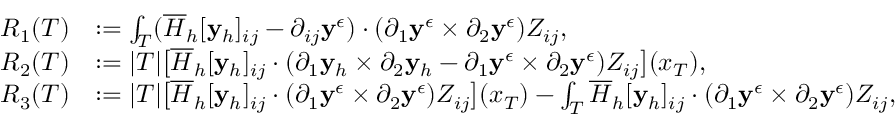
\begin{array} { r l } { R _ { 1 } ( T ) } & { : = \int _ { T } ( \overline { { H } } _ { h } [ \mathbf { y } _ { h } ] _ { i j } - \partial _ { i j } \mathbf { y } ^ { \epsilon } ) \cdot ( \partial _ { 1 } \mathbf { y } ^ { \epsilon } \times \partial _ { 2 } \mathbf { y } ^ { \epsilon } ) Z _ { i j } , } \\ { R _ { 2 } ( T ) } & { : = | T | \big [ \overline { { H } } _ { h } [ \mathbf { y } _ { h } ] _ { i j } \cdot ( \partial _ { 1 } \mathbf { y } _ { h } \times \partial _ { 2 } \mathbf { y } _ { h } - \partial _ { 1 } \mathbf { y } ^ { \epsilon } \times \partial _ { 2 } \mathbf { y } ^ { \epsilon } ) Z _ { i j } \big ] ( x _ { T } ) , } \\ { R _ { 3 } ( T ) } & { : = | T | \big [ \overline { { H } } _ { h } [ \mathbf { y } _ { h } ] _ { i j } \cdot ( \partial _ { 1 } \mathbf { y } ^ { \epsilon } \times \partial _ { 2 } \mathbf { y } ^ { \epsilon } ) Z _ { i j } \big ] ( x _ { T } ) - \int _ { T } \overline { { H } } _ { h } [ \mathbf { y } _ { h } ] _ { i j } \cdot ( \partial _ { 1 } \mathbf { y } ^ { \epsilon } \times \partial _ { 2 } \mathbf { y } ^ { \epsilon } ) Z _ { i j } , } \end{array}